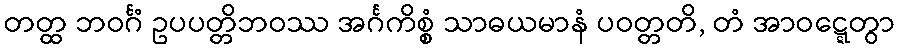
တတ္ထ ဘဝင်္ဂံ ဥပပတ္တိဘဝဿ အင်္ဂကိစ္စံ သာဓယမာနံ ပဝတ္တတိ, တံ အာဝဋ္ဋေတွာ